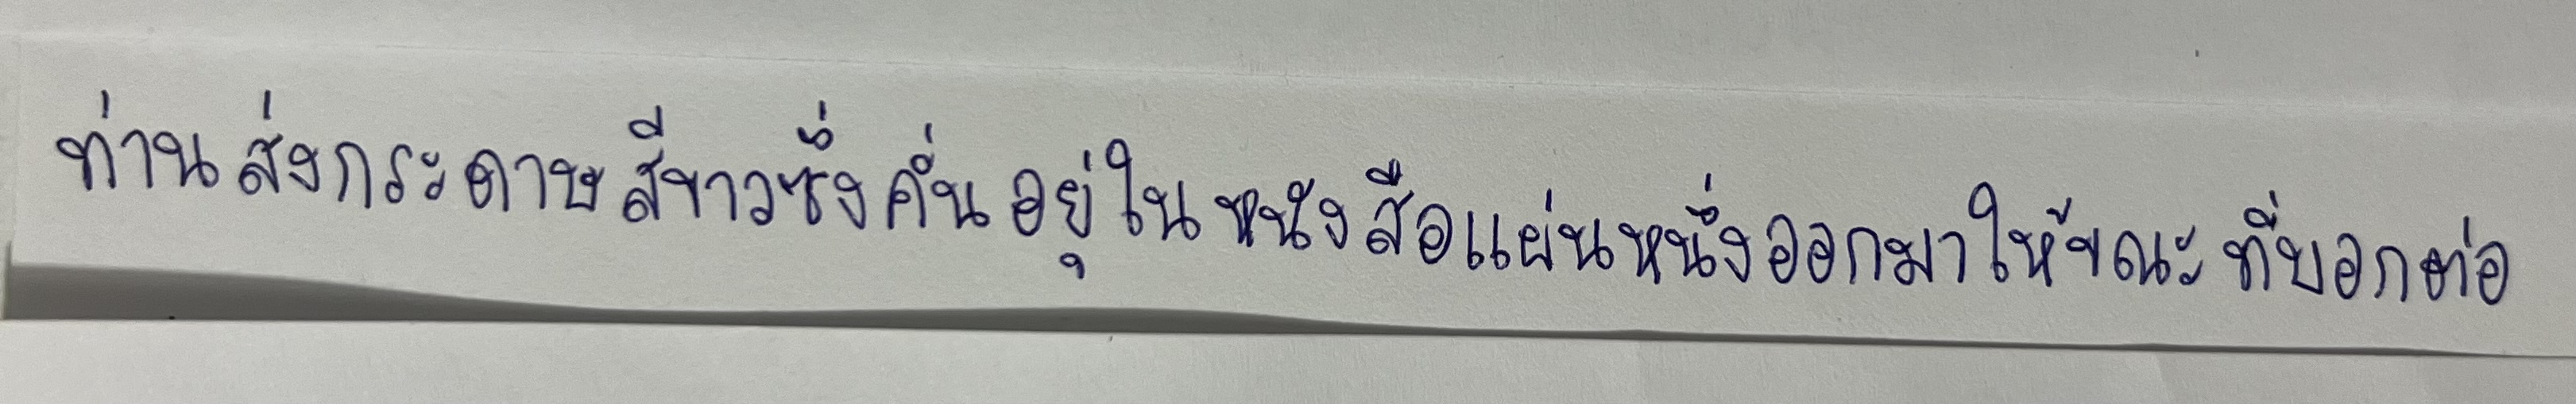
ท่านส่งกระดาษสีขาวซึ่งคั่นอยู่ในหนังสือแผ่นหนึ่งออกมาให้ขณะที่บอกต่อ